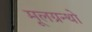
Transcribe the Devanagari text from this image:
मूलग्रन्थो